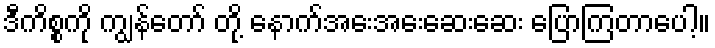
ဒီကိစ္စကို ကျွန်တော် တို့ နောက်အေးအေးဆေးဆေး ပြောကြတာပေါ့။